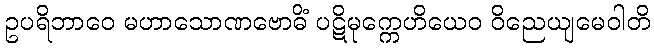
ဥပရိဘာဝေ မဟာသောဏဗောဓိံ ပဋိမုက္ကေဟိယေဝ ဝိညေယျမေဝါတိ